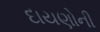
દાયણોની